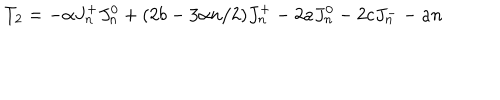
T _ { 2 } = - \alpha J _ { n } ^ { + } J _ { n } ^ { 0 } + ( 2 b - 3 \alpha n / 2 ) J _ { n } ^ { + } - 2 a J _ { n } ^ { 0 } - 2 c J _ { n } ^ { - } - a n